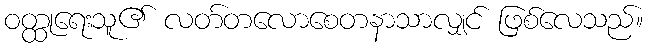
ဝတ္ထုရေးသူ၏ လတ်တလောစေတနာသာလျှင် ဖြစ်လေသည်။